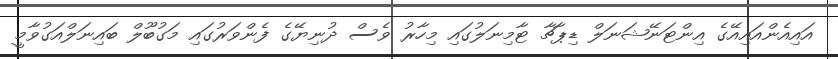
އައިއެންއައިއޭގެ އިންޓަނޭޝަނަލް ޑިޕާޗާ ޓާމިނަލުގައި މިހާރު ވެސް ދުނިޔޭގެ ފެންވަރުގައި މަގުބޫލް ބައިނަލްއަގުވާމީ